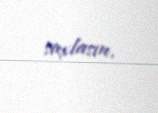
saxlasın.